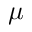
\mu